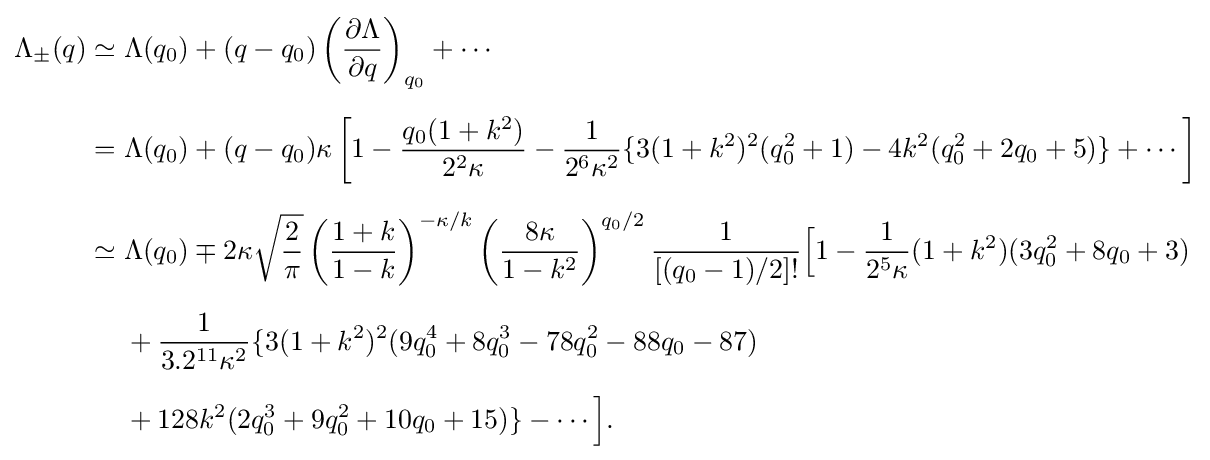
{\begin{aligned}\Lambda _{\pm }(q)\simeq {}&\Lambda (q_{0})+(q-q_{0})\left({\frac {\partial \Lambda }{\partial q}}\right)_{q_{0}}+\cdots \\[6pt]={}&\Lambda (q_{0})+(q-q_{0})\kappa \left[1-{\frac {q_{0}(1+k^{2})}{2^{2}\kappa }}-{\frac {1}{2^{6}\kappa ^{2}}}\{3(1+k^{2})^{2}(q_{0}^{2}+1)-4k^{2}(q_{0}^{2}+2q_{0}+5)\}+\cdots \right]\\[6pt]\simeq {}&\Lambda (q_{0})\mp 2\kappa {\sqrt {\frac {2}{\pi }}}\left({\frac {1+k}{1-k}}\right)^{-\kappa /k}\left({\frac {8\kappa }{1-k^{2}}}\right)^{q_{0}/2}{\frac {1}{[(q_{0}-1)/2]!}}{\Big [}1-{\frac {1}{2^{5}\kappa }}(1+k^{2})(3q_{0}^{2}+8q_{0}+3)\\[6pt]&{}+{\frac {1}{3.2^{11}\kappa ^{2}}}\{3(1+k^{2})^{2}(9q_{0}^{4}+8q_{0}^{3}-78q_{0}^{2}-88q_{0}-87)\\[6pt]&{}+128k^{2}(2q_{0}^{3}+9q_{0}^{2}+10q_{0}+15)\}-\cdots {\Big ]}.\end{aligned}}